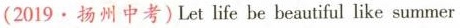
(2019·扬州中考)Let life be beautiful like summer